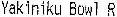
YAKINIKU BOWL R